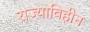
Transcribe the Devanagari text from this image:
राज्याविहीन